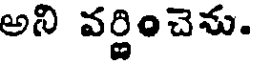
అని వర్ణించెను.